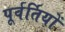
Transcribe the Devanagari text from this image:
पूर्वर्तियों